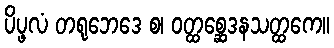
ပိပ္ဖလံ တရုဘေဒေ စ၊ ဝတ္ထစ္ဆေဒနသတ္ထကေ။